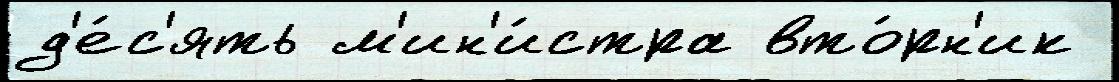
д'е́с'ять м'ин'и́стра вто́рн'ик